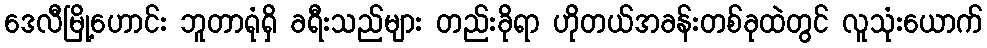
ဒေလီမြို့ဟောင်း ဘူတာရုံရှိ ခရီးသည်များ တည်းခိုရာ ဟိုတယ်အခန်းတစ်ခုထဲတွင် လူသုံးယောက်